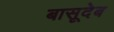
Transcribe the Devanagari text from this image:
बासूदेब